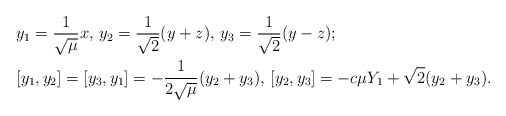
\begin{align*} &y_1=\frac{1}{\sqrt{\mu}}x, \, y_2=\frac{1}{\sqrt{2}}(y+z), \, y_3=\frac{1}{\sqrt{2}}(y-z);\\ &[y_1,y_2]=[y_3,y_1]=-\frac{1}{2\sqrt{\mu}}(y_2+y_3), \, [y_2,y_3]=-c\mu Y_1+\sqrt{2}(y_2+y_3).\end{align*}